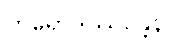
တိရောဒုဿန္တေန